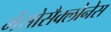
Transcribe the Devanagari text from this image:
मेंसोसैक्लोनेस